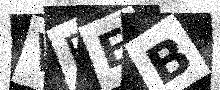
Text: VFEB